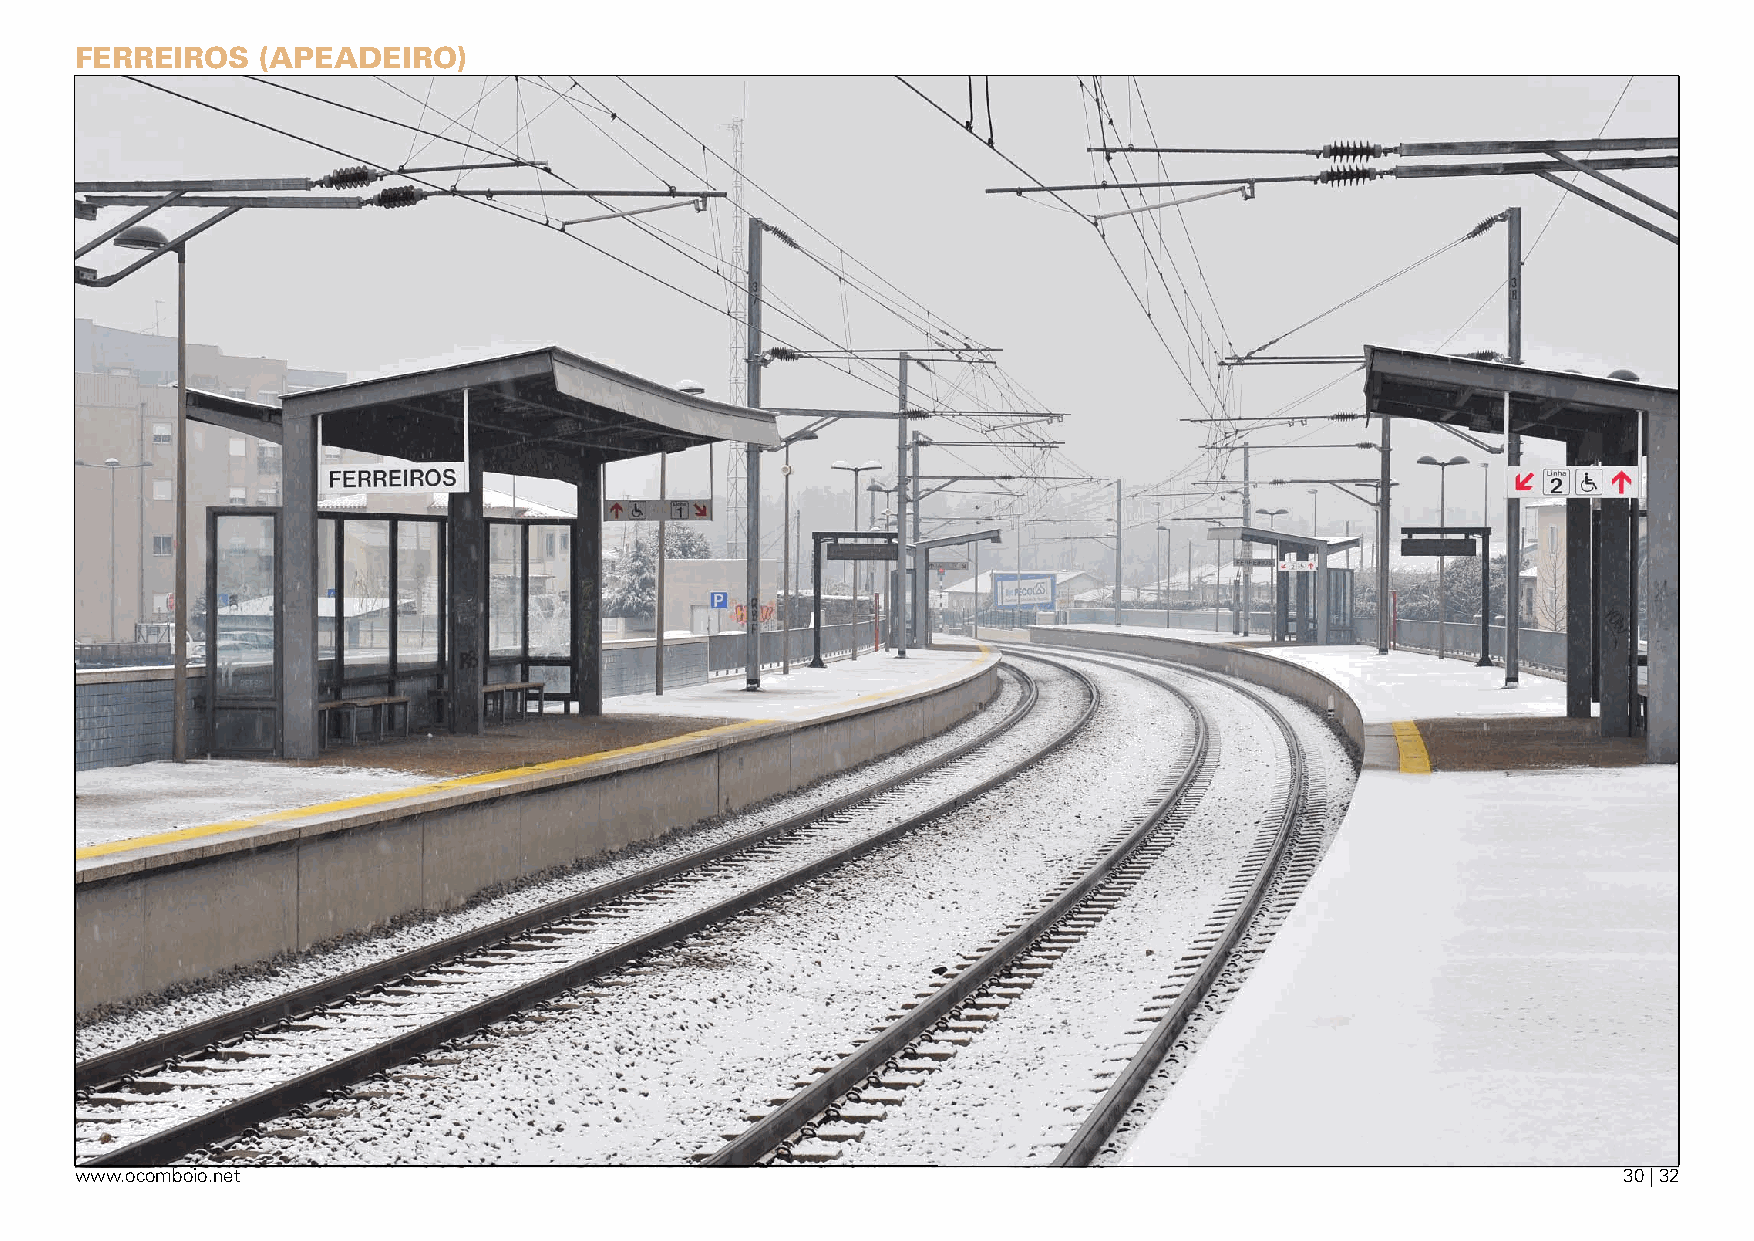
FerreirOs   (aPeadeirO)
 www.ocomboio.net                                                                                      30 | 32